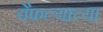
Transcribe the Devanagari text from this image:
वैफल्याच्या